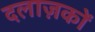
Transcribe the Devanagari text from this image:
दलाज़कों